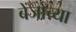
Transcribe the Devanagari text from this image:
बेंजोच्या